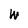
Character: W